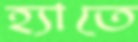
হ্যাতে